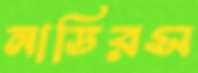
নাডিরস